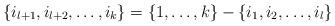
LaTeX: \begin{align*}\{i_{l+1}, i_{l+2}, \hdots, i_k\} = \{1, \hdots, k\} -\{i_1, i_2, \hdots, i_l\}\end{align*}